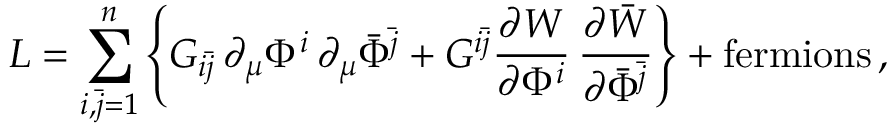
{ \cal L } = \sum _ { i , \bar { j } = 1 } ^ { n } \left\{ G _ { i \bar { j } } \, \partial _ { \mu } \Phi ^ { i } \, \partial _ { \mu } \bar { \Phi } ^ { \bar { j } } + G ^ { i \bar { j } } \frac { \partial { W } } { \partial \Phi ^ { i } } \, \frac { \partial \bar { W } } { \partial \bar { \Phi } ^ { \bar { j } } } \right\} + \mathrm { f e r m i o n s } \, ,